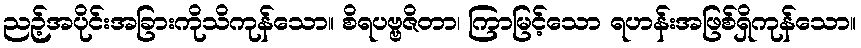
ညဉ့်အပိုင်းအခြားကိုသိကုန်သော။ စိရပဗ္ဗဇိတာ၊ ကြာမြင့်သော ရဟန်းအဖြစ်ရှိကုန်သော။